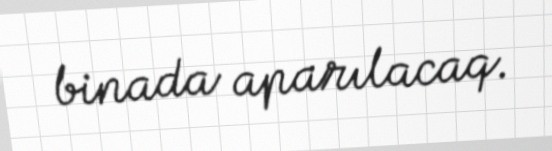
binada aparılacaq.